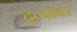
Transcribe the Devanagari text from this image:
दुव्यांवर